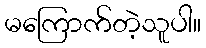
မကြောက်တဲ့သူပါ။